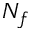
N _ { f }